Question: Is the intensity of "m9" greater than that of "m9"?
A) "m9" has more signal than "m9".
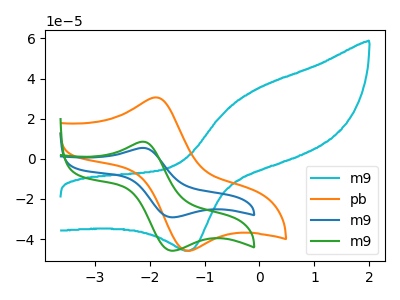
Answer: <think>The cyan curve "m9" has an anodic peak at (-0.10V, 34.40uA) and a cathodic peak at (-1.25V, -45.85uA). The orange curve "pb" has an anodic peak at (-1.85V, 30.55uA) and a cathodic peak at (-1.30V, -45.85uA). The blue curve "m9" has an anodic peak at (-2.15V, 5.40uA) and a cathodic peak at (-1.60V, -29.15uA). The green curve "m9" has an anodic peak at (-2.15V, 8.50uA) and a cathodic peak at (-1.60V, -45.80uA).
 All the peaks in "m9" have a peak in "m9" at the same potential. Every peak in "m9" is higher than every peak in "m9".</think>
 <answer>A) "m9" has more signal than "m9".</answer>
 <eval>A</eval>